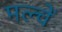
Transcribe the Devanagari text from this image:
मल्चें